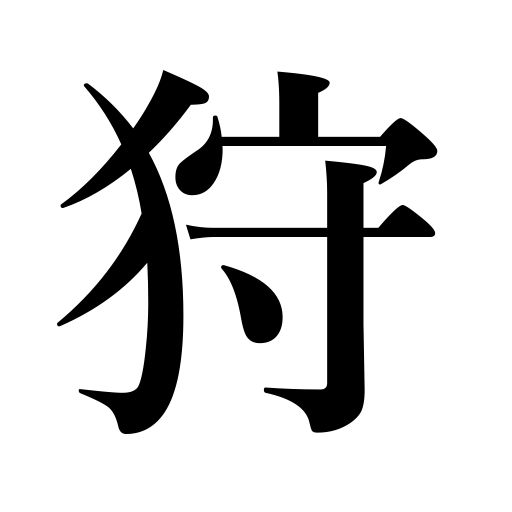
Meanings: gathering mushrooms,raiding,viewing maples,hunt,hunting